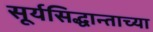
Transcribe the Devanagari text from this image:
सूर्यसिद्धान्ताच्या